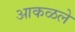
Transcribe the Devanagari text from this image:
आकळले